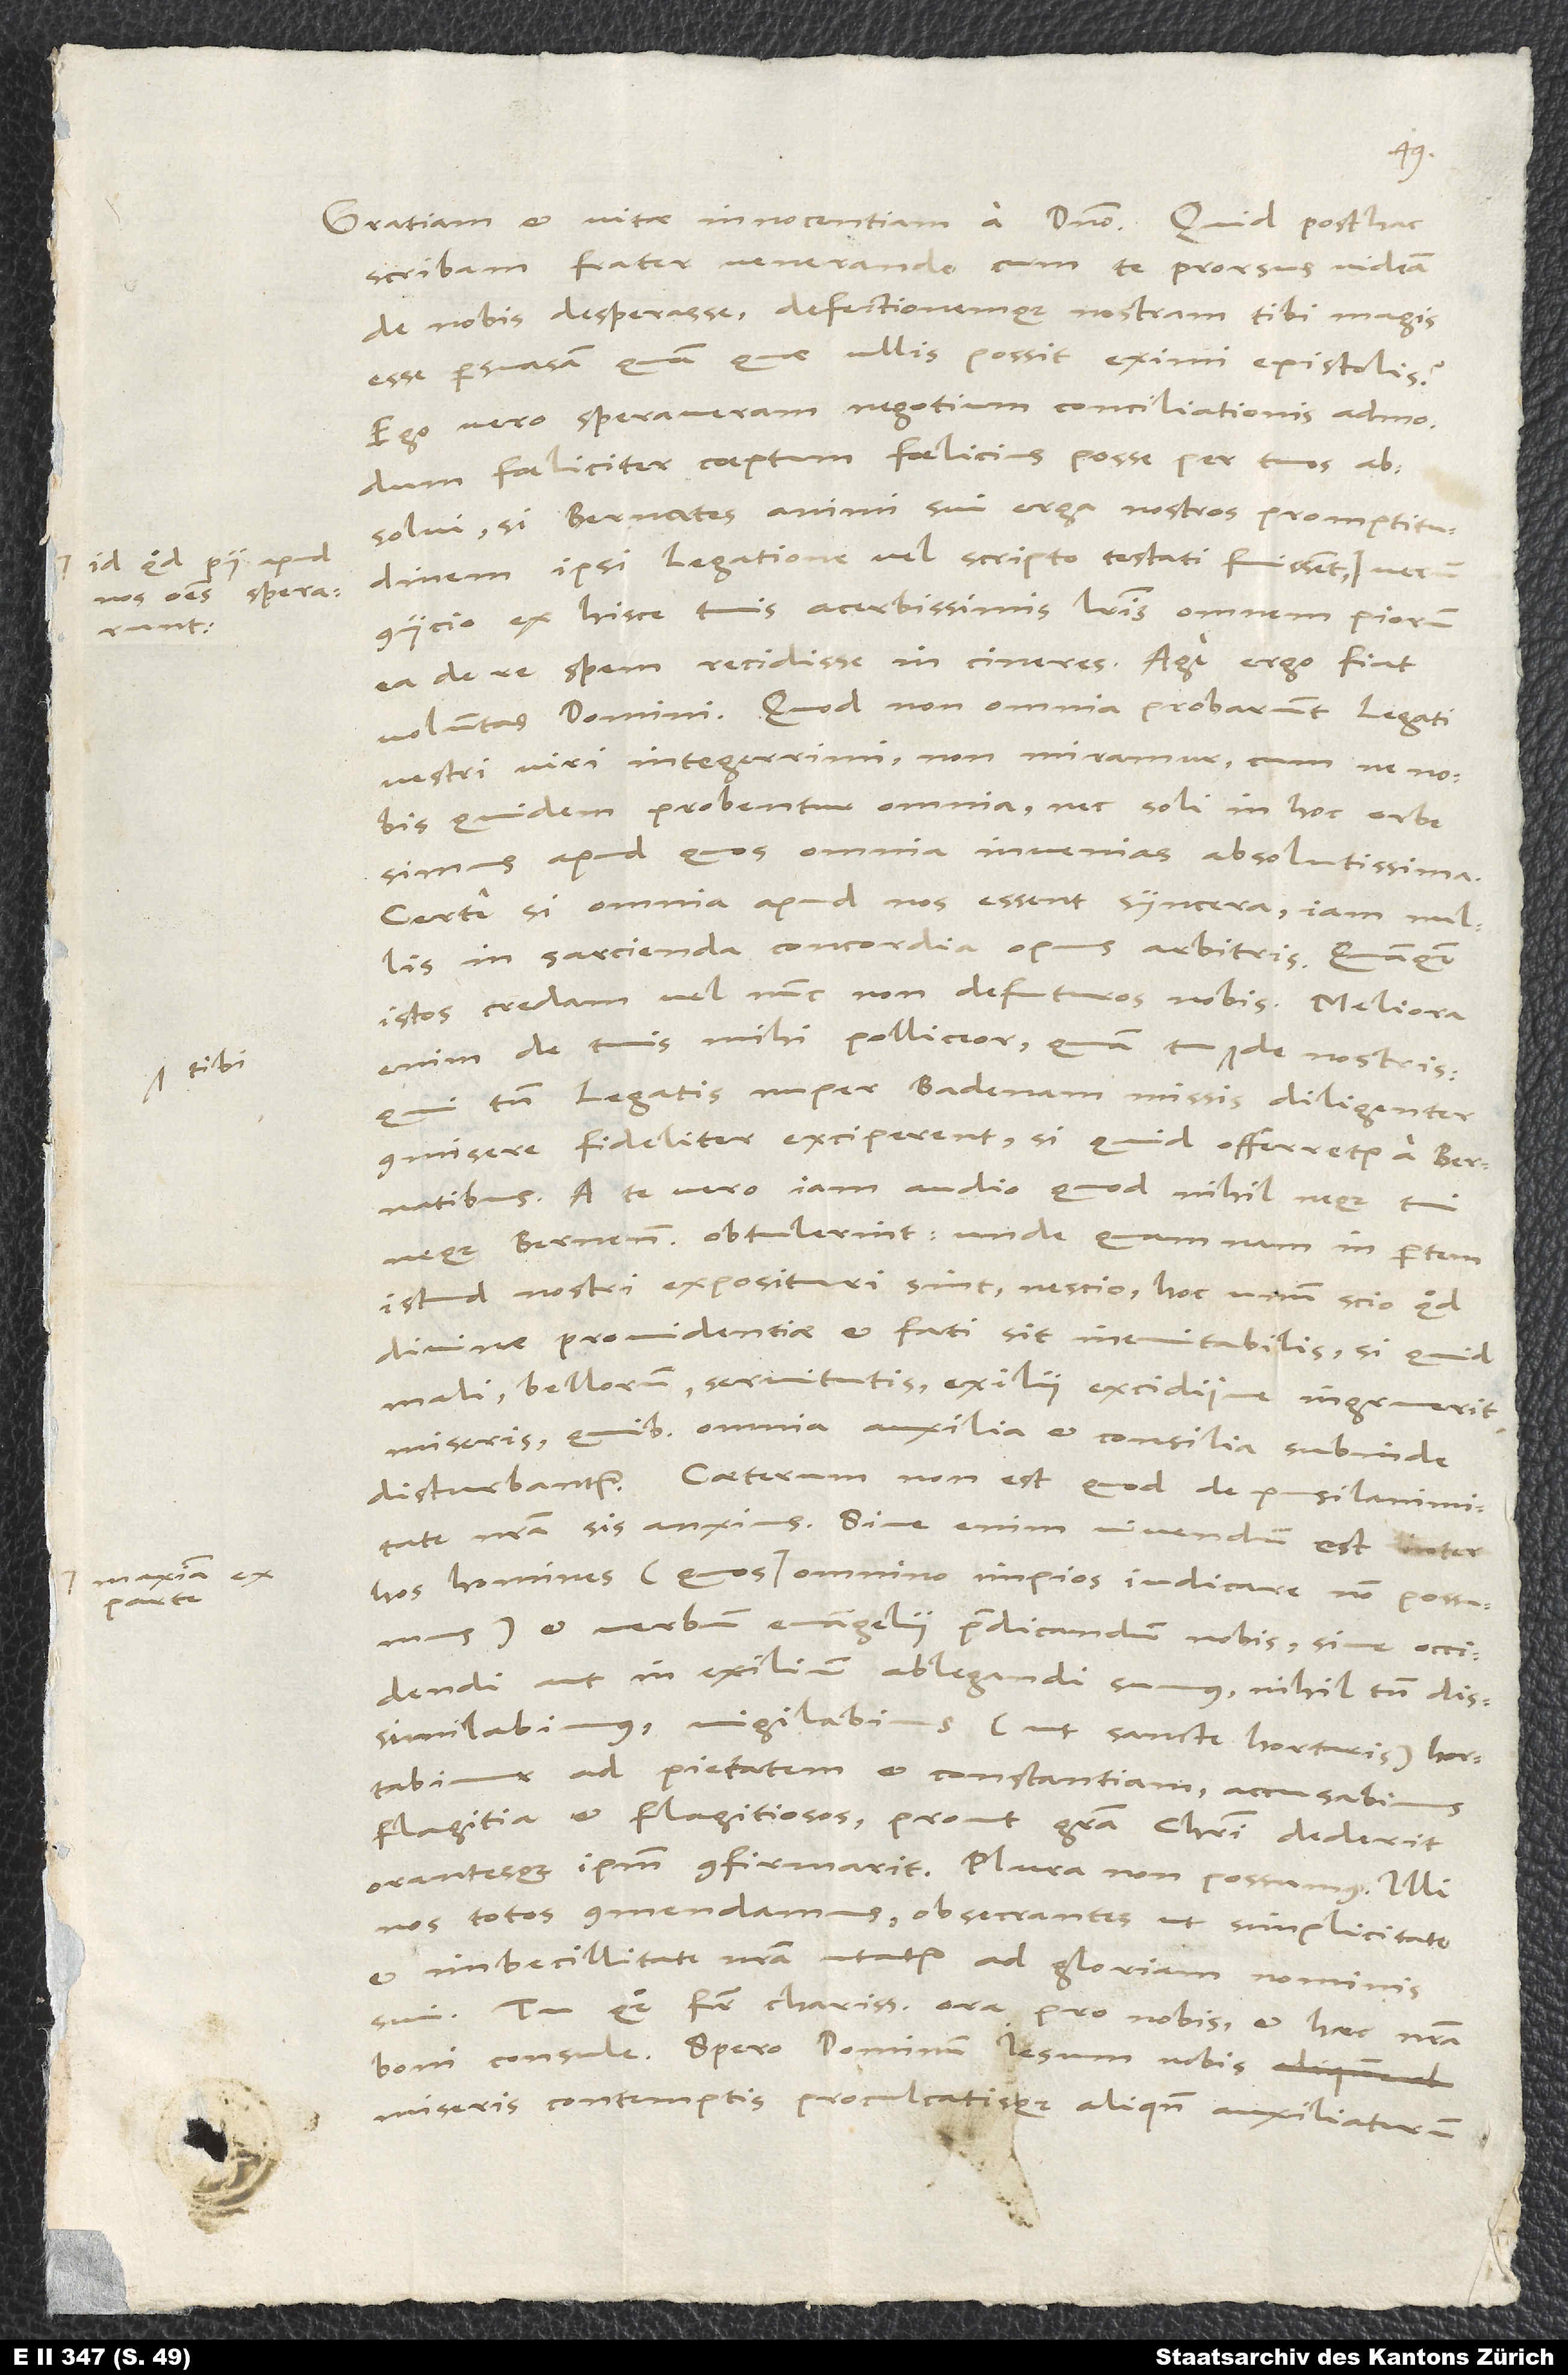
id quod pii apud
sperarant.
nos omnes
ut
maxima ex
parte

scribam, frater venerande, cum te prorsus videam
de nobis desperasse defectionemque nostram tibi magis
esse persuasam, quam quae ullis possit eximi epistolis?
Ego vero speraveram negotium conciliationis admodum
foeliciter coeptum foelicius posse per tuos
absolvi, si Bernates animi sui erga nostros promptitudinem
ipsi legatione vel scripto testati fuissent,
coniicio ex hisce tuis acerbissimis literis omnem piorum
ea de re spem recidisse in cineres. Age ergo, fiat
voluntas domini. Quod non omnia probarunt legati
vestri, viri integerrimi, non miramur, cum ne nobis
quidem probentur omnia nec soli in hoc orbe
simus, apud quos omnia invenias absolutissima.
Certe si omnia apud nos essent syncera, iam nullis
in sarcienda concordia opus arbitris, quamquam
istos credam vel nunc non defuturos nobis. Meliora
enim de tuis mihi polliceor, quam tu tibi de nostris,
qui tamen legatis nuper Badenam missis diligenter
commisere, fideliter exciperent, si quid offerretur a Bernatibus.
A te vero iam audio, quod nihil neque tui
neque Bernenses obtulerint. Unde quamnam in partem
istud nostri exposituri sint, nescio. Hoc unum scio, quod
divinae providentiae et fati sit inevitabilis, si quid
mali, bellorum, servitutis, exilii excidiive ingruerit
miseris, quibus omnia auxilia et consilia subinde
disturbantur. Caeterum non est, quod de pusilanimitate
nostra sis anxius. Sive enim vivendum est inter
et verbum evangelii praedicandum nobis, sive occidendi
aut in exilium ablegandi sumus, nihil tamen dissimulabimus,
ad pietatem et constantiam, accusabimus
flagitia et flagitiosos, prout gratia Christi dederit
orantesque ipsum confirmarit. Plura non possumus. Illi
nos totos commendamus obsecrantes, ut simplicitate
et imbecillitate nostra utatur ad gloriam nominis
sui. Tu quoque, frater charissime, ora pro nobis et haec nostra
boni consule. Spero dominum Iesum nobis
miseris contemptis proculcatisque aliquando auxiliaturum,